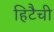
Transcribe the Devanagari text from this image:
हिटैची